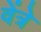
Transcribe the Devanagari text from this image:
वेंत्रे